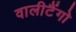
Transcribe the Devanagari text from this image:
वालीटैंगो